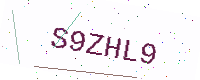
Text: S9ZHL9